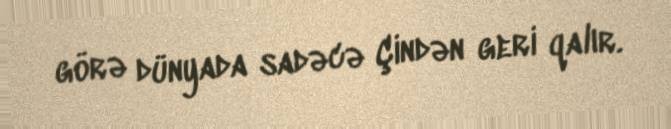
görə dünyada sadəcə Çindən geri qalır.